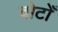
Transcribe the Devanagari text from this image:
वोटोँ